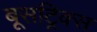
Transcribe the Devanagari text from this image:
बूसट्रिक्स